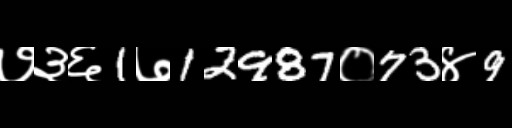
Text: ७३६1७12987०73४9